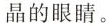
晶的眼睛。